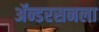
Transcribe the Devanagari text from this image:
ॲन्डरसनला